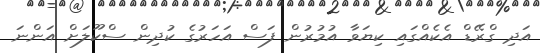
އަދި ގްރޭޑް އެކެއްގައި ކިޔަވާ އުމުރުން ފަސް އަހަރުގެ ކުދިން ސްކޫލަށް އަންނަ